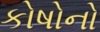
કોષોનો